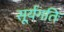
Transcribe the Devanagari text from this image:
सूर्यगतिः